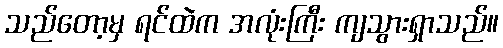
သည်တော့မှ ရင်ထဲက အလုံးကြီး ကျသွားရှာသည်။